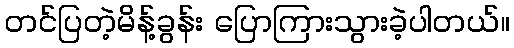
တင်ပြတဲ့မိန့်ခွန်း ပြောကြားသွားခဲ့ပါတယ်။